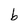
Character: b